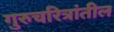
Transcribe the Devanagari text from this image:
गुरुचरित्रांतील